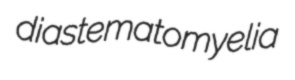
diastematomyelia